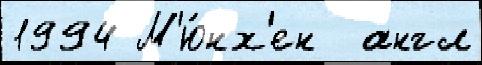
1994 М'ю́нх'ен  англ